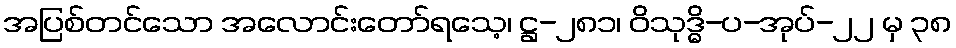
အပြစ်တင်သော အလောင်းတော်ရသေ့၊ ဋ္ဌ-၂၈၁၊ ဝိသုဒ္ဓိ-ပ-အုပ်-၂၂ မှ ၃၈